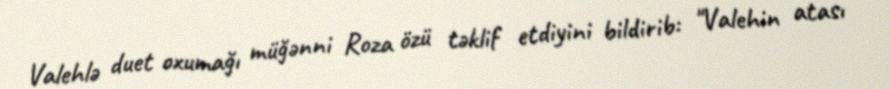
Valehlə duet oxumağı müğənni Roza özü təklif etdiyini bildirib: "Valehin atası